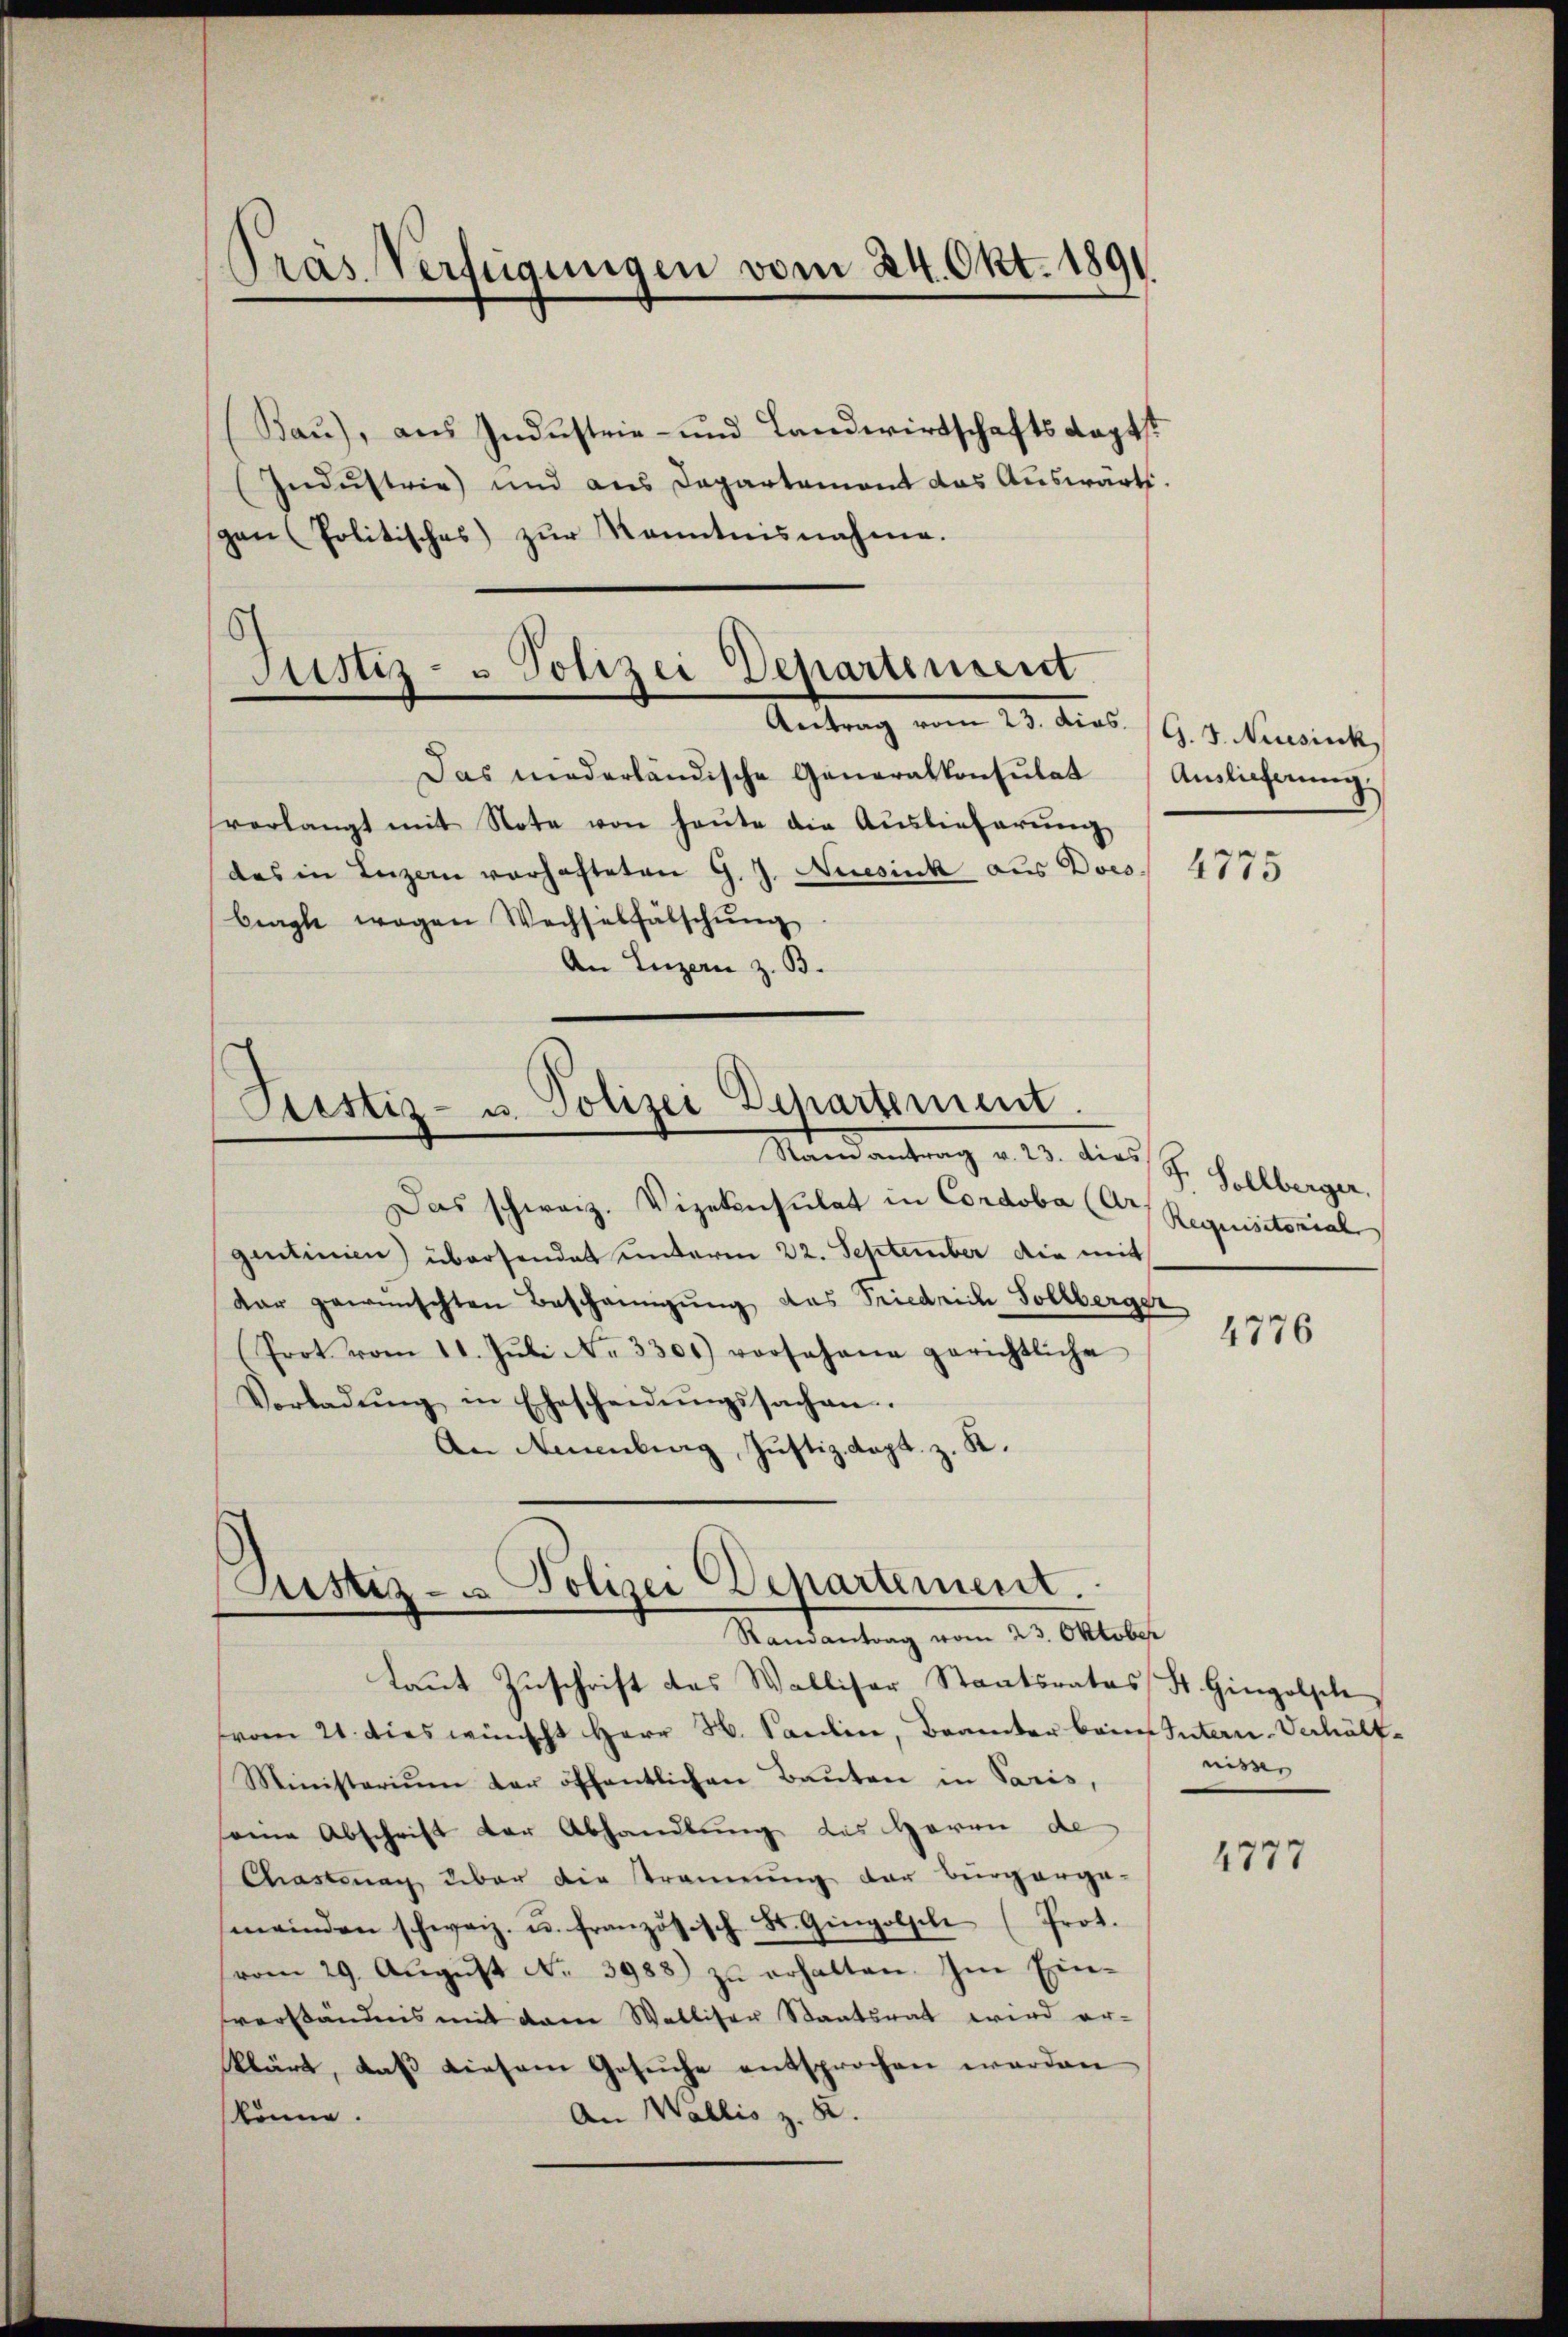
Präs. Verfügungen vom 24. Okt. 189

Rau), aus Industrie- und Landwirtschafts Kaptst
Indŭstrie) und aus Departement das Auswärts.
gen (Politisches) zur Kenntnisnahme.

6
Justiz- u Polizei Departenseit
Antrag vom 23. dies.

Justiz- u. Polizei Departement.
Mandantrag v. 13. dies J. Gollberger

Das niederländische Generalkonsulat
verlangt mit Note von heute die Auslieferung
des in Luzern vorhafteten G. J. Neesinck aus Dres. 4175
bragte wegen Wechselfälschung
An Luzern z. B.

Justiz- u Polizei Departement.
Randantrag vom 23. Oktober

Das schweiz. Vizekonsulat in Condoba (Gr. Requisitorial
gentinien) übersendet unterm 22. September die mit
dar gewünschten Bescheinigŭng das Friedrich Sollberger
(Frot vom 11. Jŭli Nr. 3301) vor Johane gerichtliche
Vorladŭng in Ehescheidŭngssachen.
An Amenburg, Justiz. Sept. z. K.

laut Zuschrift das Walliser Staatsrates St. Gingolsele
vom 21. dies wünscht Herr H. Pauline, Beamter beim Intern-Verhält-
Ministerium der öffentlichen Bauten in Paris,
eine Abschrift der Abhandlung des Heran de
Chastag über die Trauung der Burgerga-
meinden schweiz. u. französisch St. Gingolsel (Prot.
vom 29. Aŭgŭst No. 3988) zŭ erhalten. Im Ein-
verständnis mit dem Walliser Staatsrat wird er-
klärt, daß diesem Gesuche entsprochen werden
An Wallis z. B.
könne.

G. J. Neusink
Auslieferung.

4776

nissen

4777